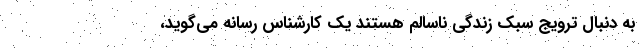
به دنبال ترویج سبک زندگی ناسالم‌ هستند یک کارشناس رسانه می‌گوید،